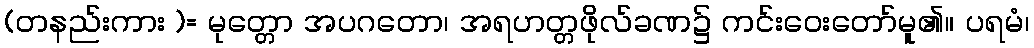
(တနည်းကား )= မုတ္တော အပဂတော၊ အရဟတ္တဖိုလ်ခဏ၌ ကင်းဝေးတော်မူ၏။ ပရမံ၊